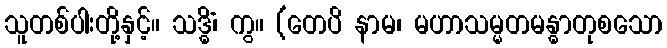
သူတစ်ပါးတို့နှင့်။ သဒ္ဓိံ၊ ကွ။ (တေပိ နာမ၊ မဟာသမ္မတမန္ဓာတုစသော